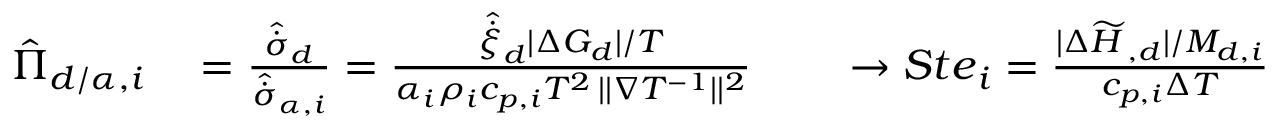
\begin{array} { r } { \begin{array} { r l r l } { \hat { \Pi } _ { d / \alpha , i } } & { { } = \frac { \hat { \dot { \sigma } } _ { d } } { \hat { \dot { \sigma } } _ { \alpha , i } } = \frac { { \hat { \dot { \xi } } _ { d } } { | \Delta G _ { d } | } / { T } } { { \alpha _ { i } \rho _ { i } c _ { p , i } T ^ { 2 } } \, | | \nabla { T } ^ { - 1 } | | ^ { 2 } } } & { } & { { } \to { S t e } _ { i } = \frac { | \Delta \widetilde { H } _ { \lat , d } | / M _ { d , i } } { c _ { p , i } \Delta T } } \end{array} } \end{array}